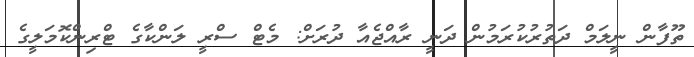
ތޫފާން ނީލަމް ދަތުރުކުރަމުން ދަނީ ރާއްޖެއާ ދުރަށް: މެޓް ސްރީ ލަންކާގެ ޓްރިންކޮމަލީގެ